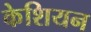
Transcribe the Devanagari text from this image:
केशियन